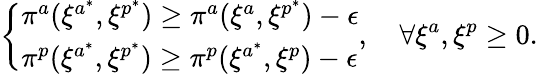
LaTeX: \left\{ \begin{array}{ll}{\pi^{a}(\xi^{a^{*}},\xi^{p^{*}})\geq\pi^{a}(\xi^{a},\xi^{p^{*}})-\epsilon}\\ {\pi^{p}(\xi^{a^{*}},\xi^{p^{*}})\geq\pi^{p}(\xi^{a^{*}},\xi^{p})-\epsilon}\end{array}\right.,\quad\forall\xi^{a},\xi^{p}\geq 0.